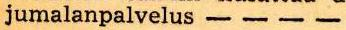
jumalanpalvelus - - - -